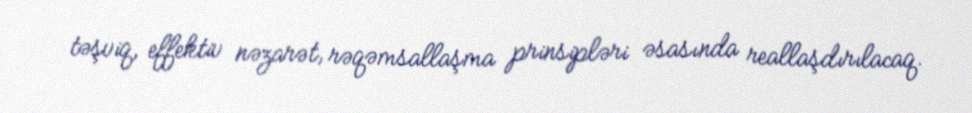
təşviq, effektiv nəzarət, rəqəmsallaşma prinsipləri əsasında reallaşdırılacaq.